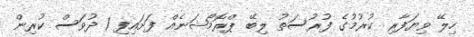
ހިލޭ ވިޔަފާރި ކުރުމުގެ ފުރުސަތު ލިބޭ ޕްރޮމޯޝަނެއް ފަށައިފި 1 ދުވަސް ކުރިން